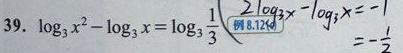
39. \(\log _{3}x^{2}-\log _{3}x=\log _{3}\frac {1}{3}\)  \(\left(\begin{array}{l}2\log _{3}x-\log _{3}x=-1\\ \text{例 8.12(4)}\end{array}\right)\)  \(=-\frac {1}{2}\)